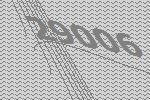
29006